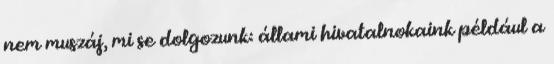
nem muszáj, mi se dolgozunk: állami hivatalnokaink például a